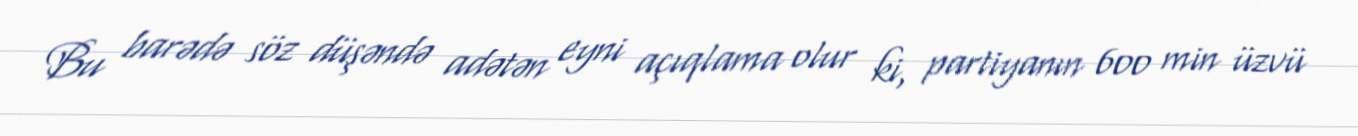
Bu barədə söz düşəndə adətən eyni açıqlama olur ki, partiyanın 600 min üzvü